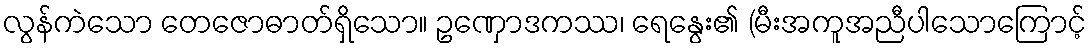
လွန်ကဲသော တေဇောဓာတ်ရှိသော။ ဥဏှောဒကဿ၊ ရေနွေး၏ (မီးအကူအညီပါသောကြောင့်